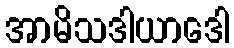
အာမိသဒါယာဒေါ